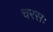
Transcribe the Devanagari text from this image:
चरसः